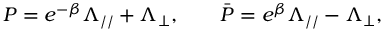
P = e ^ { - \beta } \Lambda _ { / / } + \Lambda _ { \bot } , \qquad \bar { P } = e ^ { \beta } \Lambda _ { / / } - \Lambda _ { \bot } ,